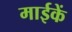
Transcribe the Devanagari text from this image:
माईकें